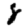
Digit: 8